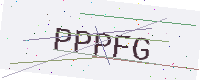
Text: PPPFG